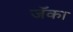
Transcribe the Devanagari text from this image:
जॅका